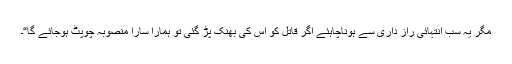
مگر یہ سب انتہائی راز داری سے ہوناچاہئے اگر قاتل کو اس کی بھنک پڑ گئی تو ہمارا سارا منصوبہ چوپٹ ہوجائے گا“۔